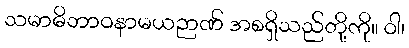
သမာဓိဘာဝနာမယဉာဏ် အစရှိသည်တို့ကို။ ဝါ၊